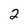
Character: 2